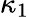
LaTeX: \kappa_{1}